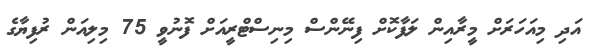
އަދި މިއަހަރަށް މީރާއިން ލަފާކޮށް ފިނޭންސް މިނިސްޓްރީއަށް ފޮނުވީ 75 މިލިއަން ރުފިޔާގެ